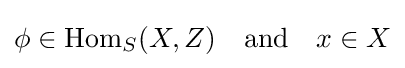
\phi \in \operatorname {Hom} _{S}(X,Z)\quad {\text{and}}\quad x\in X